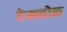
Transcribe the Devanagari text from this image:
देमचोक